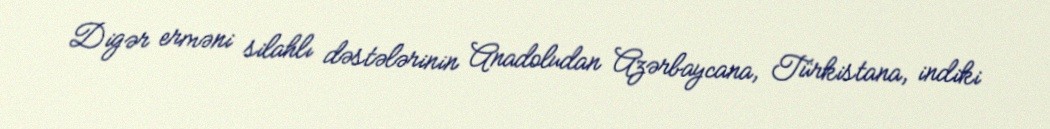
Digər erməni silahlı dəstələrinin Anadoludan Azərbaycana, Türkistana, indiki